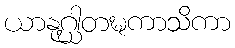
ယာနုဂ္ဃါတဍ္ဎကာသိကာ